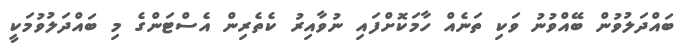
ބައްދަލުވުން ބޭއްވުނު ވަކި ތަނެއް ހާމަކޮށްފައި ނުވާއިރު ކެތެރިން އެސްޓަންގެ މި ބައްދަލުވުމަކީ